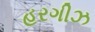
હરગીઝ